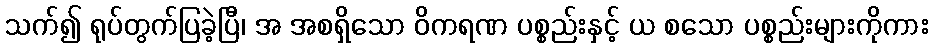
သက်၍ ရုပ်တွက်ပြခဲ့ပြီ၊ အ အစရှိသော ဝိကရဏ ပစ္စည်းနှင့် ယ စသော ပစ္စည်းများကိုကား